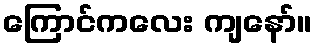
ကြောင်ကလေး ကျနော်။